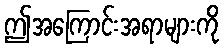
ဤအကြောင်းအရာများကို